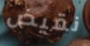
نقيض